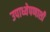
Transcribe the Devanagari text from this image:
उपाध्येपणाशी